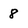
Character: 8